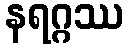
နရဂ္ဂဿ